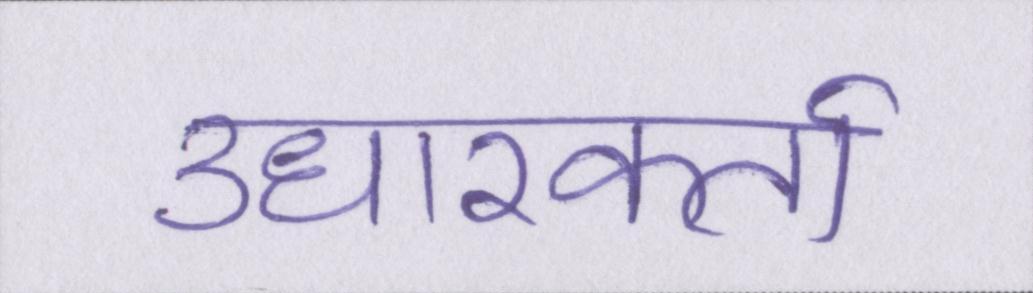
उधारकर्ता